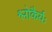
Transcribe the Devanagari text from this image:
श्लोकैर्यः